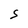
Character: S